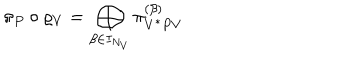
\pi _ { P } \circ \varrho _ { V } = \bigoplus _ { \beta \in I _ { N _ { V } } } \pi _ { V ^ { * } P V } ^ { ( \beta ) }